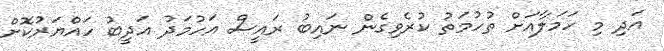
އަދި މި ހަމަލާއަށް ތުހުމަތު ކުރެވިގެން ނައިބު ރައީސް އަހުމަދު އަދީބު ހައްޔަރުކޮށް